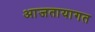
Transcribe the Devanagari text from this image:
आजतायागत